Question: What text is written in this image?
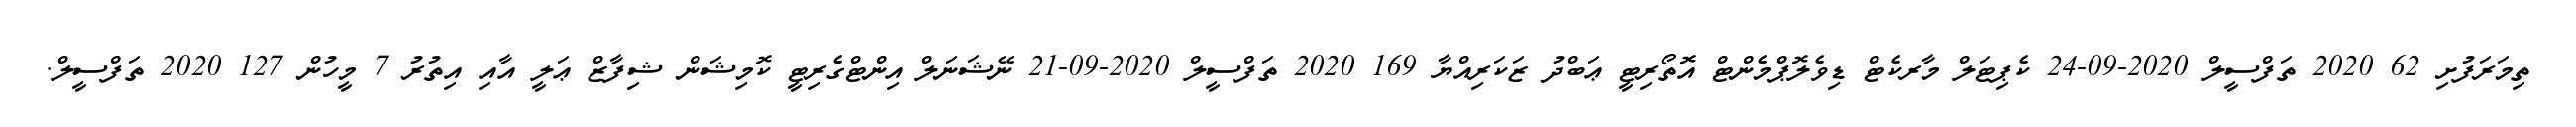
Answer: ތިމަރަފުށި 62 2020 ތަފްސީލް 2020-09-24 ކެޕިޓަލް މާރކެޓް ޑިވެލޮޕްމެންޓް އޮތޯރިޓީ ޢަބްދު ޒަކަރިއްޔާ 169 2020 ތަފްސީލް 2020-09-21 ނޭޝަނަލް އިންޓްގެރިޓީ ކޮމިޝަން ޝިފާޒް ޢަލީ އާއި އިތުރު 7 މީހުން 127 2020 ތަފްސީލް.